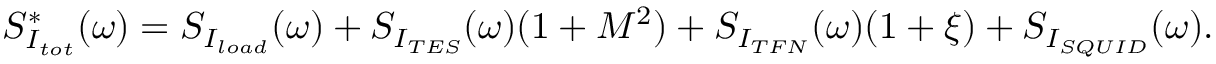
S _ { I _ { t o t } } ^ { \mathrm { * } } ( \omega ) = S _ { I _ { l o a d } } ( \omega ) + S _ { I _ { T E S } } ( \omega ) ( 1 + M ^ { 2 } ) + S _ { I _ { T F N } } ( \omega ) ( 1 + \xi ) + S _ { I _ { S Q U I D } } ( \omega ) .